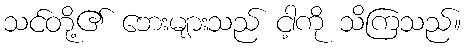
သင်တို့၏ ဘေးများသည် ငါ့ကို သိကြသည်။